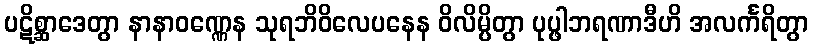
ပဋိစ္ဆာဒေတွာ နာနာဝဏ္ဏေန သုရဘိဝိလေပနေန ဝိလိမ္ပိတွာ ပုပ္ဖါဘရဏာဒီဟိ အလင်္ကရိတွာ